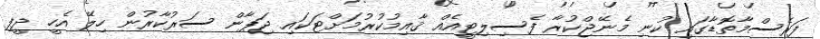
ފަރެސްމާތޮޑާގައި ކުނި މެނޭޖްކުރާ ފެސިލިޓީއެއް ޤާއިމުކުރުމަށްޓަކައި ޖަޕާން ސަރުކާރުން ހިލޭ އެހީ ދީފި